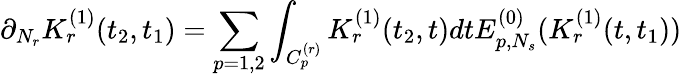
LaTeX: \partial_{N_{r}}K_{r}^{(1)}(t_{2},t_{1})=\sum_{p=1,2}\int_{C_{p}^{(r)}}K_{r}^{(1)}(t_{2},t)dtE_{p,N_{s}}^{(0)}(K_{r}^{(1)}(t,t_{1}))